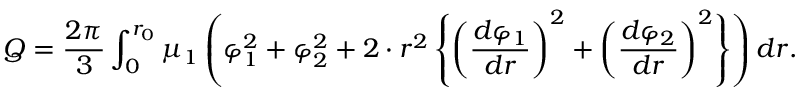
Q = \frac { 2 \pi } { 3 } \int _ { 0 } ^ { r _ { 0 } } \mu _ { 1 } \left( \varphi _ { 1 } ^ { 2 } + \varphi _ { 2 } ^ { 2 } + 2 \cdot r ^ { 2 } \left\{ \left( \frac { d \varphi _ { 1 } } { d r } \right) ^ { 2 } + \left( \frac { d \varphi _ { 2 } } { d r } \right) ^ { 2 } \right\} \right) d r .